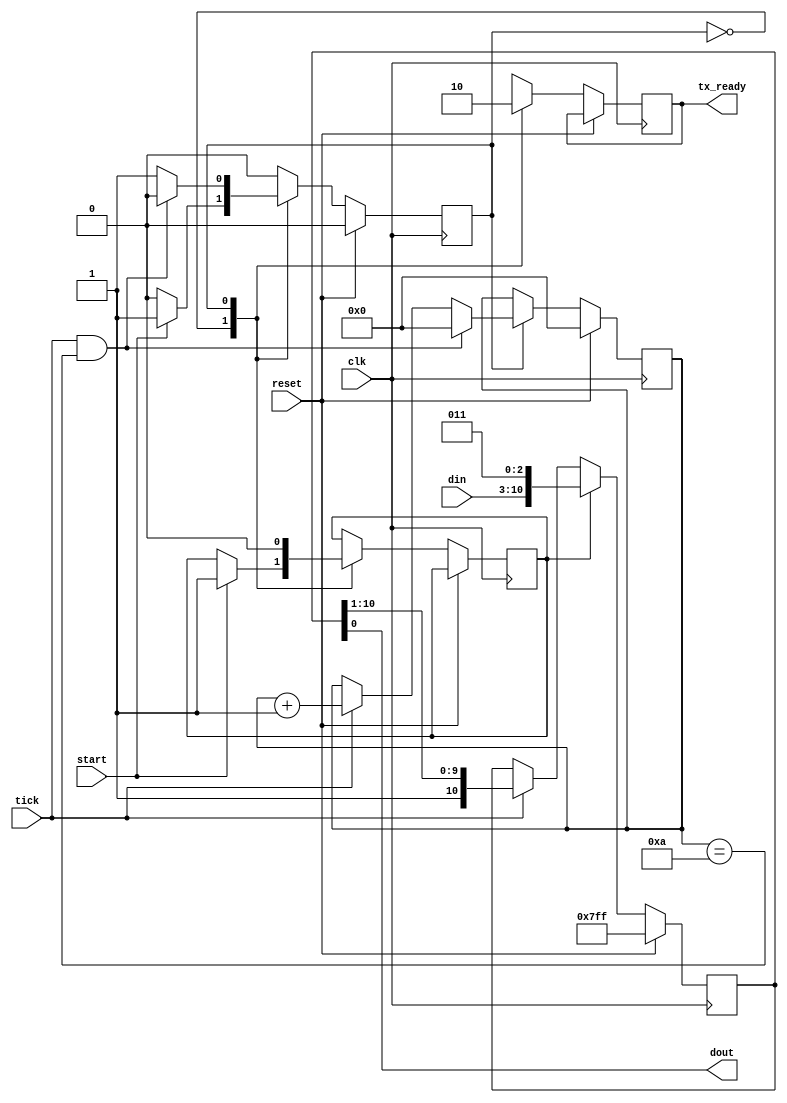
//K.Bajur, K.Brudz

module uart_transmitter(
    input clk,
    input reset,
    input tick,
    input start,
    input [7:0] din,
    output reg tx_ready,
    output dout
    );
localparam s0 = 0;
localparam s1 = 1;
reg state;
reg[10:0]shift_reg;
reg[3:0]count;
reg load;

always@(posedge clk)
	if(reset)
	   begin
		count<=0;
		state<=s0;
		end
	else
		case(state)
			s0:begin
				tx_ready<=1'b1;
				if(start)
					begin
					load<=1'b1;
					state<=s1;
					end
			end
			s1:begin
				tx_ready<=1'b0;
				load<=1'b0; 
				if(tick && count==10)
				      begin
						count<=0;
						state<=s0;
						end
				else if(tick) 
						begin
						count<=count+1;
						state<=s1;
						end	
				end
		endcase
assign dout = shift_reg[0];	
always@(posedge clk)
	if(reset)
		shift_reg<=11'b11111111111;
	else if(load)
		shift_reg<={din,3'b011};
	else if(tick)
		shift_reg<={1'b1,shift_reg[10:1]};
endmodule